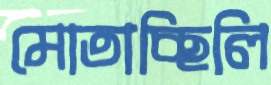
মোতাচ্ছিলি